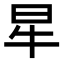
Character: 𤘵